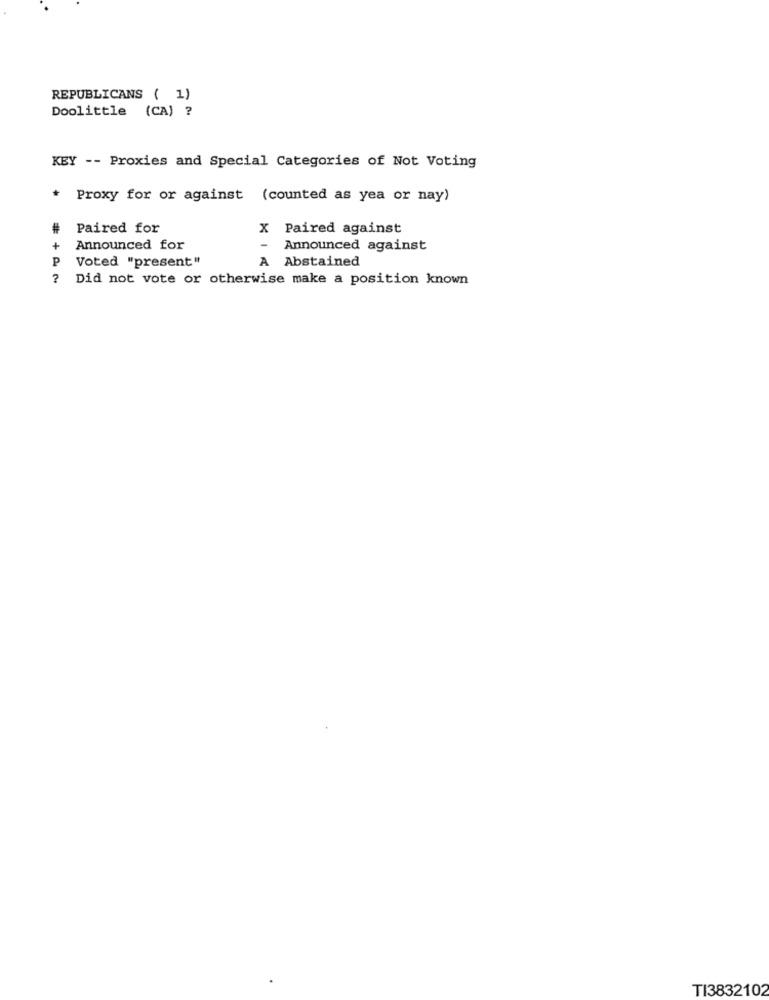
REPUBLICANS ( 1)
Doolittle (CA) ?
KEY -- Proxies and Special Categories of Not Voting
Proxy for or against (counted as yea or nay)
Paired for
X Paired against
Announced for
-
Announced against
P
Voted "present"
A Abstained
? Did not vote or otherwise make a position known
TI3832102